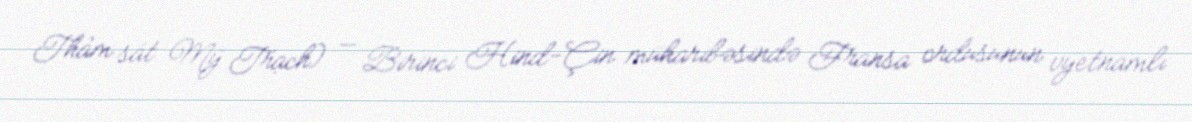
Thảm sát Mỹ Trạch) — Birinci Hind-Çin müharibəsində Fransa ordusunun vyetnamlı